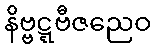
နိဗ္ဗဋ္ဋဗီဇညေဝ